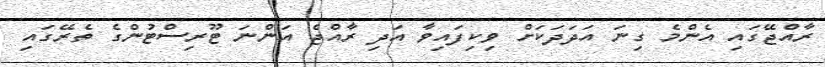
ރާއްޖޭގައި އެންމެ ގިނަ އަދަދަކަށް ވިކިފައިވާ އަދި ރާއްޖެ އަންނަ ޓޫރިސްޓުންގެ ތެރޭގައި